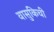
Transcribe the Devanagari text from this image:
वासुकिची